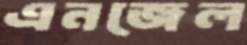
এনজেল